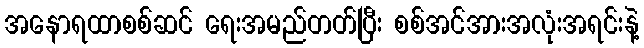
အနောရထာစစ်ဆင် ရေးအမည်တတ်ပြီး စစ်အင်အားအလုံးအရင်းနဲ့